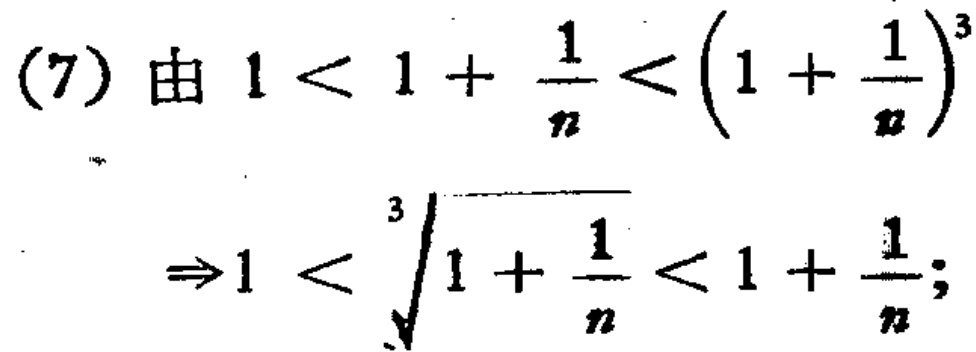
\[
\begin{align*}
&(7)\ 由\ 1<1 + \frac{1}{n}<\left(1 + \frac{1}{n}\right)^3\\
&\Rightarrow 1<\sqrt[3]{1 + \frac{1}{n}}<1 + \frac{1}{n};
\end{align*}
\]